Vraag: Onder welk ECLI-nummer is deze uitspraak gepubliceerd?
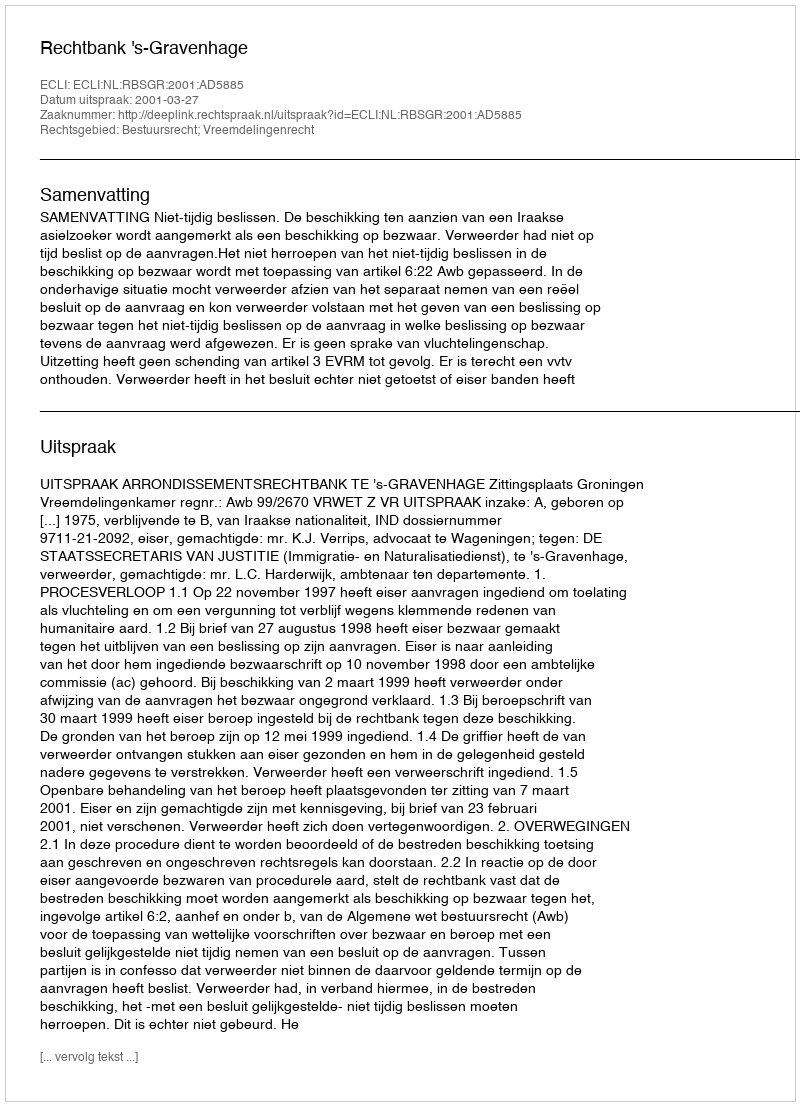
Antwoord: ECLI:NL:RBSGR:2001:AD5885